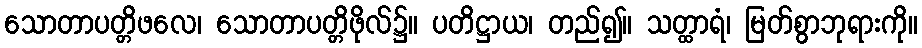
သောတာပတ္တိဖလေ၊ သောတာပတ္တိဖိုလ်၌။ ပတိဋ္ဌာယ၊ တည်၍။ သတ္ထာရံ၊ မြတ်စွာဘုရားကို။